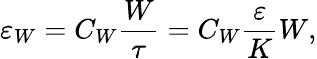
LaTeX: \varepsilon_{W}=C_{W}\frac{W}{\tau}=C_{W}\frac{\varepsilon}{K}W,